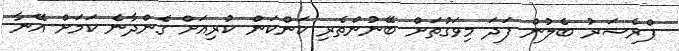
ޕްރެޝަރު ބެލުން ފަދަ މިވަގުތަށް ބޭނުންތެރި ކަންކަން ކުރިއަށް ގެންދާނެ ކަމަށް އޭނާ